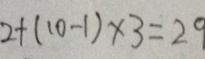
2 + ( 1 0 - 1 ) \times 3 = 2 9